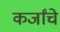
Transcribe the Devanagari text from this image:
कर्जांचे